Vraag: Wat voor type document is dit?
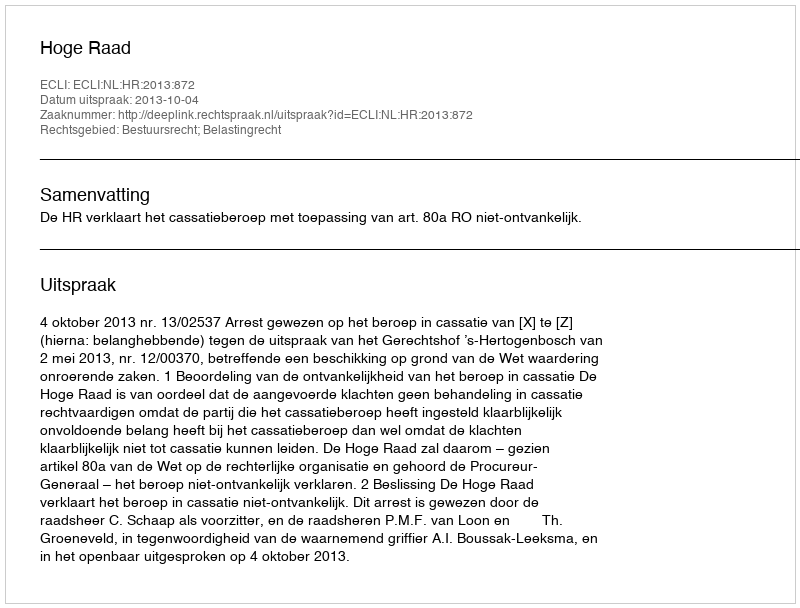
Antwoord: Uitspraak